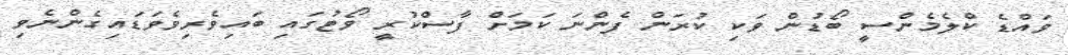
ވައްޑެ ކްލެމެންސީ ބޯޑުން ވަކި ކުރަން ފެންނަ ކަމަށް ފާސްކުރީ ވޯޓުގައި ބައިވެރިވެވަޑައިގެންނެވި